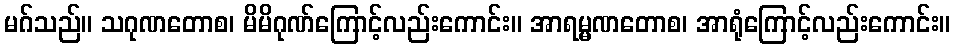
မဂ်သည်။ သဂုဏတောစ၊ မိမိဂုဏ်ကြောင့်လည်းကောင်း။ အာရမ္မဏတောစ၊ အာရုံကြောင့်လည်းကောင်း။